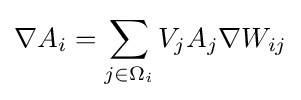
\nabla A_{i}=\sum _{j\in \Omega _{i}}V_{j}A_{j}\nabla W_{ij}